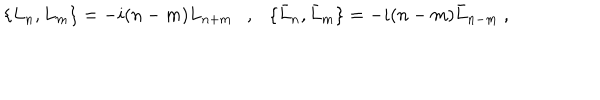
\{ L _ { n } , L _ { m } \} = - i ( n - m ) L _ { n + m } \ \ \ , \ \ \ \{ \bar { L } _ { n } , \bar { L } _ { m } \} = - i ( n - m ) \bar { L } _ { n - m } \ ,